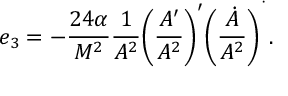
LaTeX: e _ { 3 } = - \frac { 2 4 \alpha } { M ^ { 2 } } \frac { 1 } { A ^ { 2 } } \bigg ( \frac { A ^ { \prime } } { A ^ { 2 } } \bigg ) ^ { \prime } \bigg ( \frac { \dot { A } } { A ^ { 2 } } \bigg ) ^ { \dot { \ } } .